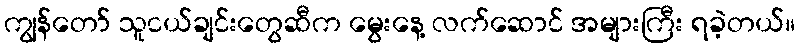
ကျွန်တော် သူငယ်ချင်းတွေဆီက မွေးနေ့ လက်ဆောင် အများကြီး ရခဲ့တယ်။